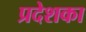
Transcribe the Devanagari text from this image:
प्रदेशका